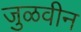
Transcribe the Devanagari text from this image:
जुळवीन